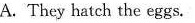
A. They hatch the eggs.